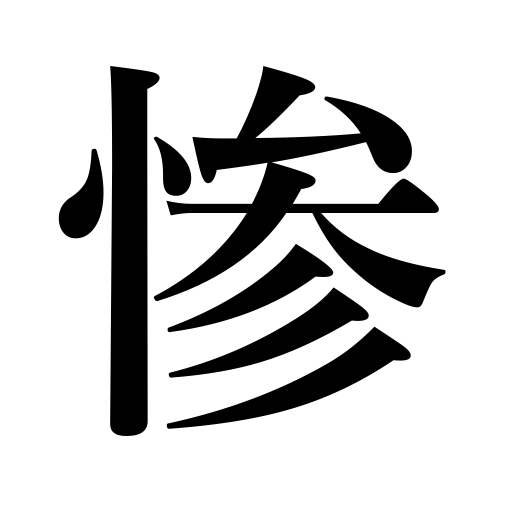
Meanings: pitiful,wretchedness,cruelty,disaster,sad,wretched